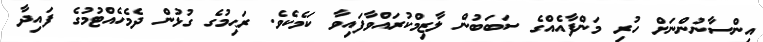
އިންސާނުންނަށް ހުރި މަންފާއެއްގެ ސަބަބުން ލާޒިމްކުރައްވާފައިވާ ކަމެކެވެ. ރަޙިމުގެ ގުޅުން ދެމެހެއްޓުމުގެ ފައިދާ